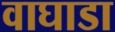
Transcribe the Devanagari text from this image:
वाघाडा